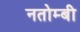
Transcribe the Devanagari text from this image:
नतोम्बी